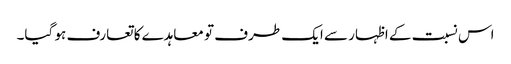
اس نسبت کے اظہار سے ایک طرف تو معاہدے کا تعارف ہو گیا۔